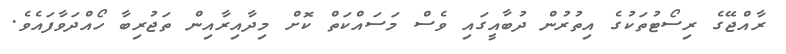
ރާއްޖޭގެ ރިސޯޓުތަކުގެ އިތުރުން ދުބާއީގައި ވެސް މަސައްކަތް ކޮށް މިދާއިރާއިން ތަޖުރިބާ ހޯއްދަވާފައެވެ.